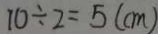
1 0 \div 2 = 5 ( c m )